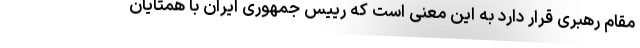
مقام رهبری قرار دارد به این معنی است که رییس جمهوری ایران با همتایان